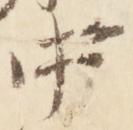
中